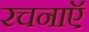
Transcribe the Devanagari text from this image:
रचनाऍ